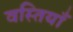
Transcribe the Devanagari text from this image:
वस्तियाँ